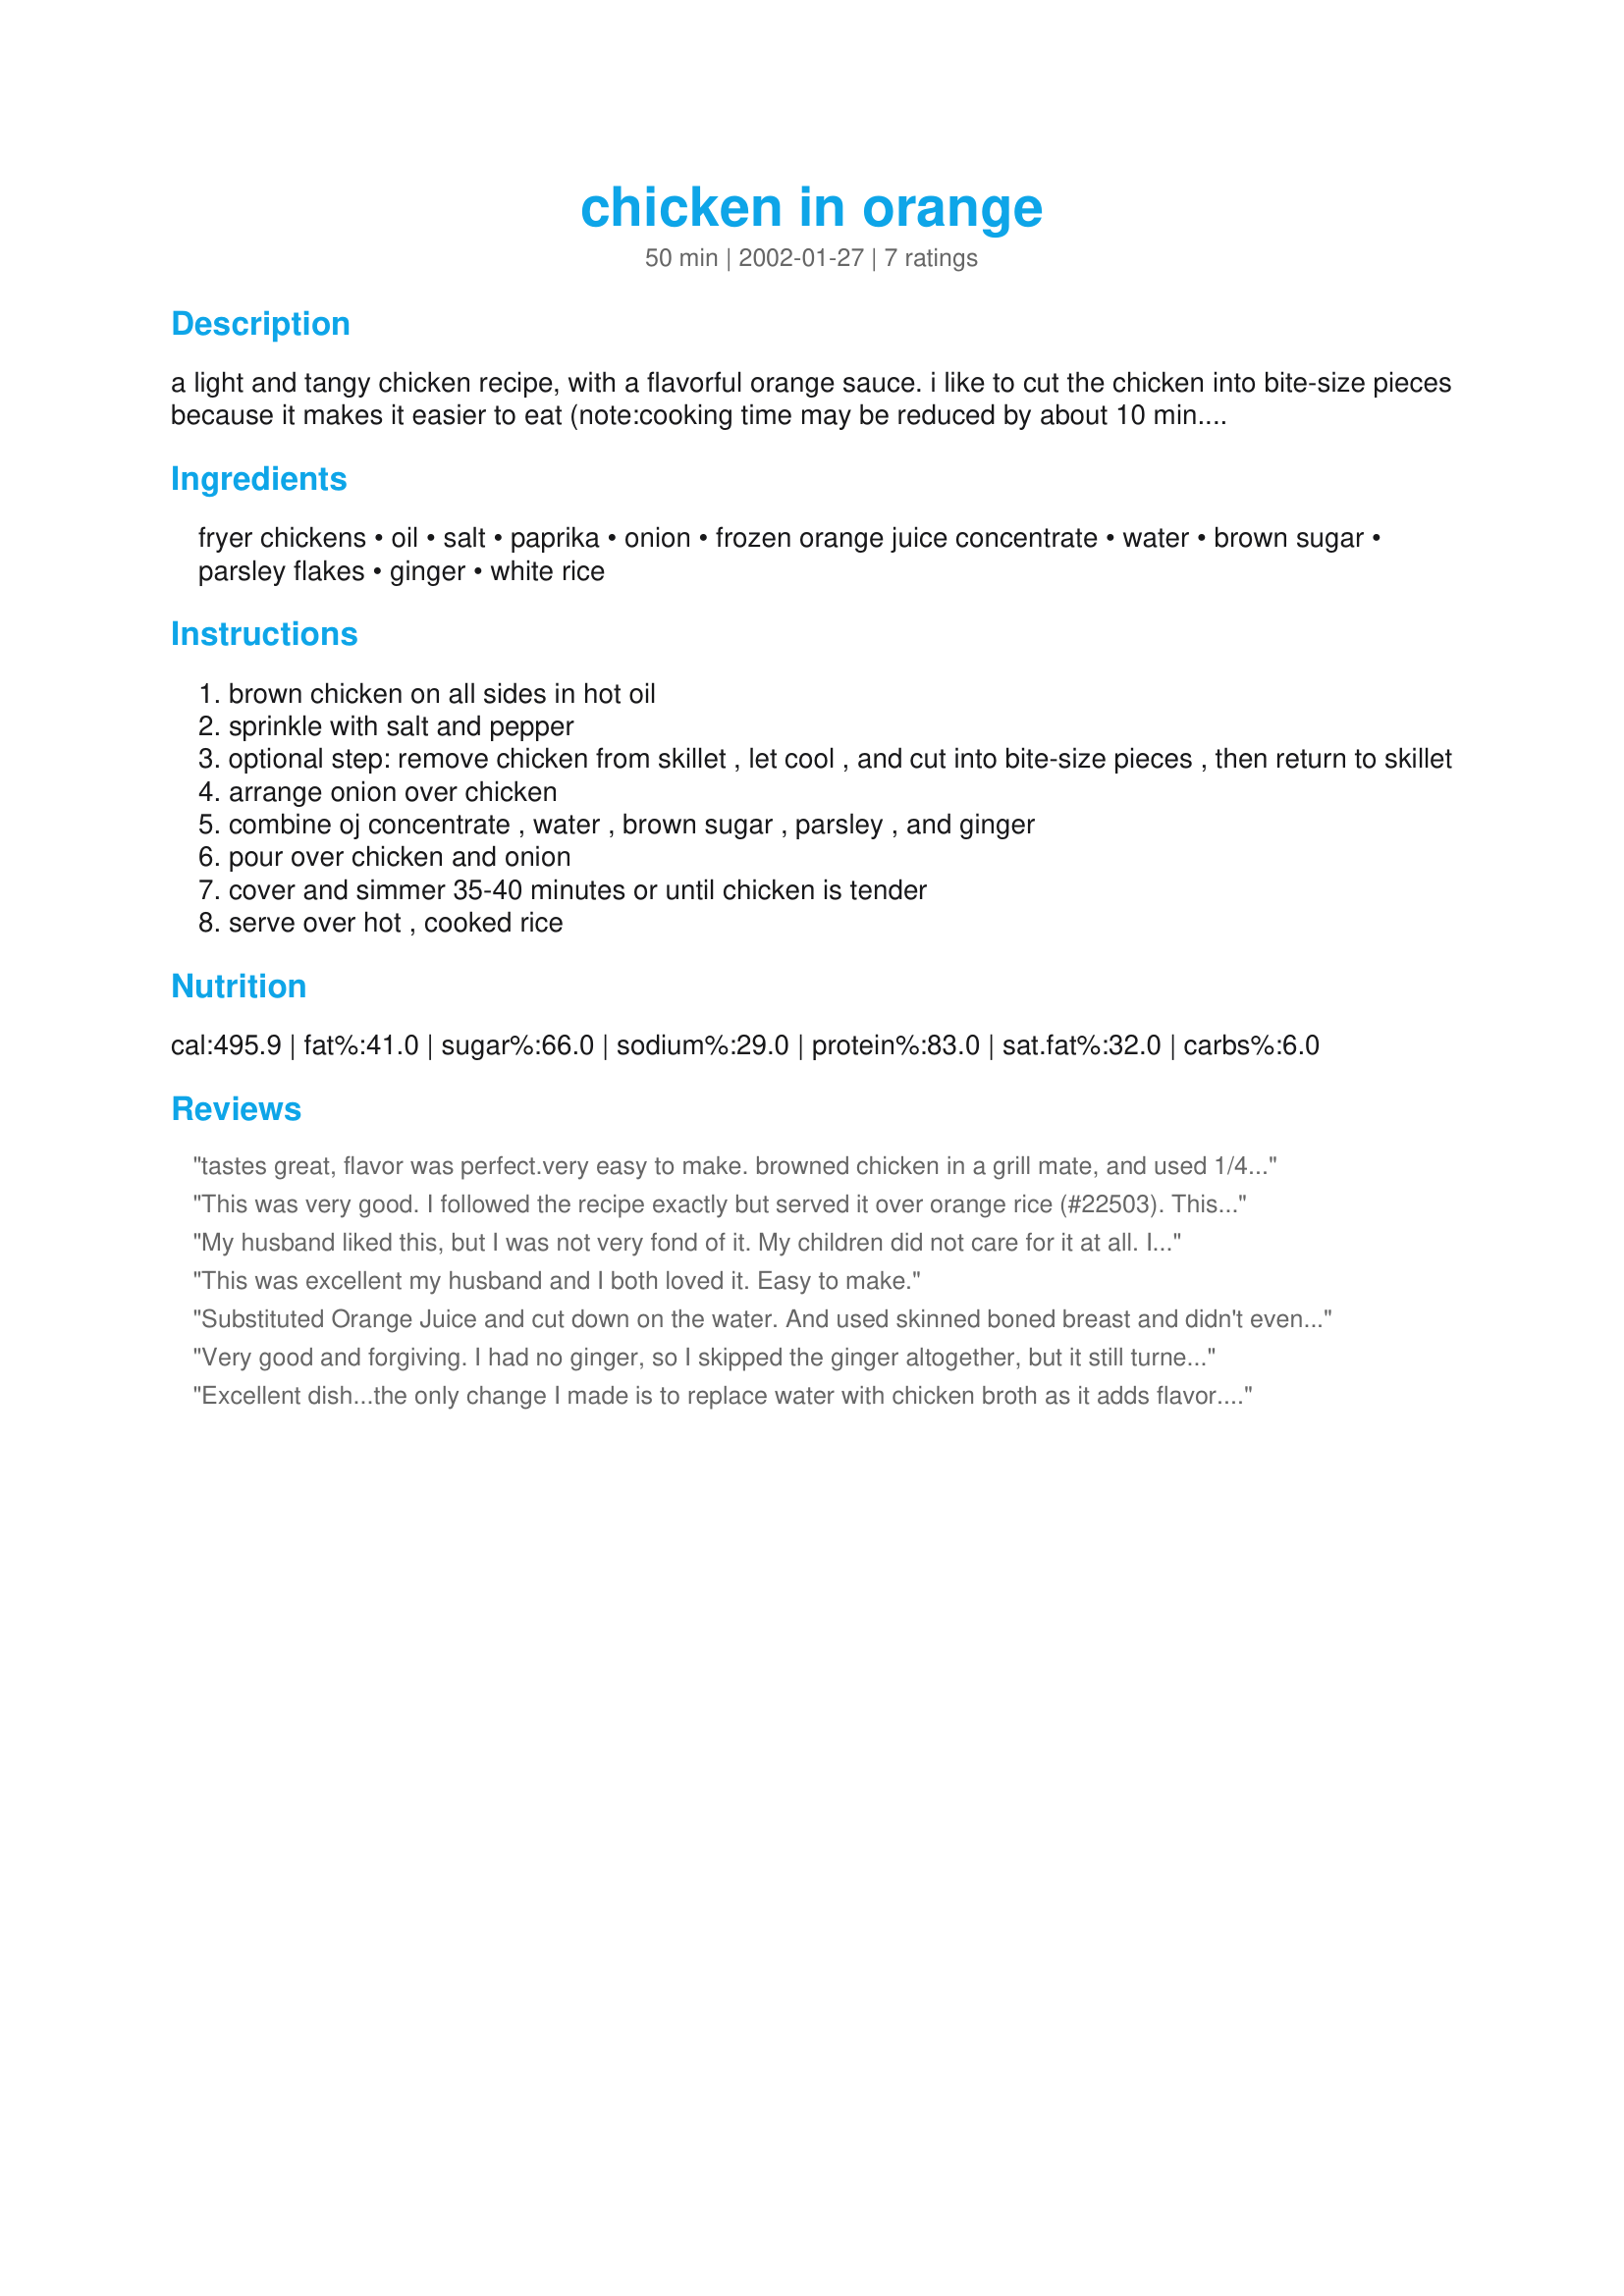
chicken in orange
Preparation time: 50 minutes

a light and tangy chicken recipe, with a flavorful orange sauce. i like to cut the chicken into bite-size pieces because it makes it easier to eat (note:cooking time may be reduced by about 10 min. if this step is added). very simple and inexpensive...healthy, too:)

Ingredients:
fryer chickens, oil, salt, paprika, onion, frozen orange juice concentrate, water, brown sugar, parsley flakes, ginger, white rice

Steps:
brown chicken on all sides in hot oil
sprinkle with salt and pepper
optional step: remove chicken from skillet , let cool , and cut into bite-size pieces , then return to skillet
arrange onion over chicken
combine oj concentrate , water , brown sugar , parsley , and ginger
pour over chicken and onion
cover and simmer 35-40 minutes or until chicken is tender
serve over hot , cooked rice

Reviews:
tastes great, flavor was perfect.very easy to make. browned chicken in a grill mate, and used 1/4 teaspoon mild chili instead of paprika
This was very good. I followed the recipe exactly but served it over orange rice (#22503). This really made the dish pop with orange flavor and used up the rest of the frozen concentrated OJ. Thanks Manda
My husband liked this, but I was not very fond of it. My children did not care for it at all. I think it needed a little more orange to it, but it was alright. I will make it again, but will modify it.
This was excellent my husband and I both loved it. Easy to make.
Substituted Orange Juice and cut down on the water. And used skinned boned breast and didn't even cut them up prior to baking. Easy and Yum!
Very good and forgiving. I had no ginger, so I skipped the ginger altogether, but it still turned out fabulous! Family loved it. Will have this again and again. Thanks for great recipe.
Excellent dish...the only change I made is to replace water with chicken broth as it adds flavor...otherwise, great.
